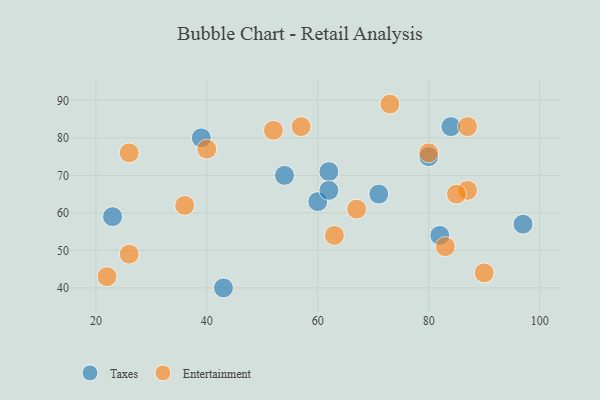
{"axis": {"x": "GDP", "y": "Life Expectancy"}, "legend": ["Entertainment", "Taxes"], "data": [{"x": "60", "y": 63, "type": "Taxes"}, {"x": "82", "y": 54, "type": "Taxes"}, {"x": "39", "y": 80, "type": "Taxes"}, {"x": "97", "y": 57, "type": "Taxes"}, {"x": "54", "y": 70, "type": "Taxes"}, {"x": "62", "y": 71, "type": "Taxes"}, {"x": "43", "y": 40, "type": "Taxes"}, {"x": "84", "y": 83, "type": "Taxes"}, {"x": "80", "y": 75, "type": "Taxes"}, {"x": "62", "y": 66, "type": "Taxes"}, {"x": "23", "y": 59, "type": "Taxes"}, {"x": "71", "y": 65, "type": "Taxes"}, {"x": "22", "y": 43, "type": "Entertainment"}, {"x": "26", "y": 76, "type": "Entertainment"}, {"x": "67", "y": 61, "type": "Entertainment"}, {"x": "87", "y": 66, "type": "Entertainment"}, {"x": "90", "y": 44, "type": "Entertainment"}, {"x": "40", "y": 77, "type": "Entertainment"}, {"x": "85", "y": 65, "type": "Entertainment"}, {"x": "87", "y": 83, "type": "Entertainment"}, {"x": "80", "y": 76, "type": "Entertainment"}, {"x": "26", "y": 49, "type": "Entertainment"}, {"x": "83", "y": 51, "type": "Entertainment"}, {"x": "52", "y": 82, "type": "Entertainment"}, {"x": "36", "y": 62, "type": "Entertainment"}, {"x": "73", "y": 89, "type": "Entertainment"}, {"x": "57", "y": 83, "type": "Entertainment"}, {"x": "63", "y": 54, "type": "Entertainment"}]}